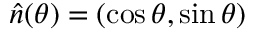
\hat { n } ( \theta ) = ( \cos \theta , \sin \theta )